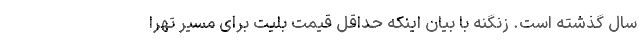
سال گذشته است. زنگنه با بیان اینکه حداقل قیمت بلیت برای مسیر تهرا